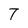
Character: 7